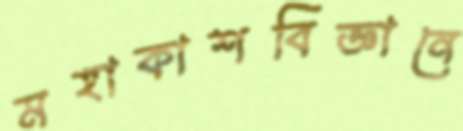
মহাকাশবিজ্ঞানে